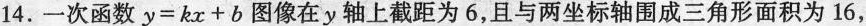
14.一次函数$$y = k x + b$$图像在y轴上截距为6，且与两坐标轴围成三角形面积为16，